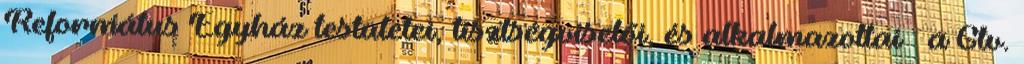
Református Egyház testületei, tisztségviselői, és alkalmazottai – a Gtv.